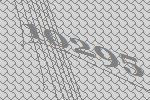
10295